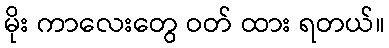
မိုး ကာလေးတွေ ဝတ် ထား ရတယ်။